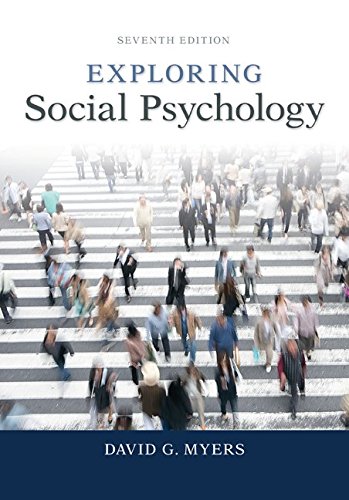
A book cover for Exploring Social Psychology; David Myers; Medical Books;